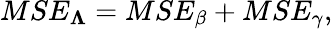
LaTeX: MSE_{\boldsymbol{\Lambda}}=MSE_{\beta}+MSE_{\gamma},